Vaccination in Bombay 1913-1923 - 1913-1923
Year: 1913
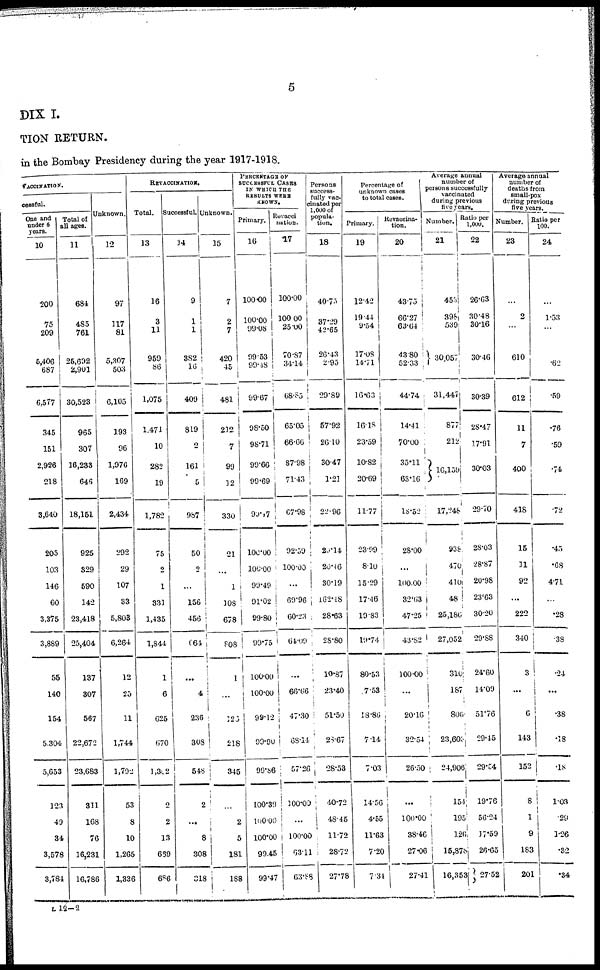
5
DIX I.
TION RETURN.
in the Bombay Presidency during the year 1917-1918.
VACCINATION.
cessful.
One and
under 6
years.
10
200
75
209
5,406
687
6,577
345
151
2,926
218
3,640
205
103
146
60
3,375
3,889
55
140
154
5,304
5,653
123
49
34
3,578
3,784
Total of
all ages.
11
684
485
761
25,692
2,901
30,523
965
307
16,233
646
18,151
925
329
590
142
23,418
25,404
137
307
567
22,672
23,683
311
168
76
16,231
16,786
Unknown.
12
97
117
81
5,307
503
6,105
193
96
1,976
169
2,434
292
29
107
33
5,803
6,264
12
25
11
1,744
1,792
53
8
10
1,265
1,336
REVACCINATION
Total.
13
16
3
11
959
86
1,075
1,471
10
282
19
1,782
75
2
1
331
1,435
1,844
1
6
625
670
1,302
2
2
13
669
686
Successful.
14
9
1
1
382
16
409
819
2
161
5
987
50
2
...
156
456
664
...
4
236
308
548
2
...
8
308
318
Unknown.
15
7
2
7
420
45
481
212
7
99
12
330
21
...
1
108
678
808
1
...
120
218
345
...
2
5
181
188
PERCENTAGE OF
SUCCESSFUL CASES
IN WHICH THE
RESULTS WERE
KNOWN.
Primary.
16
100.00
100.00
99.08
99.53
99.48
99.67
98.50
98.71
99.60
99.69
99.17
100.00
100.00
99.49
91.02
99.80
99.75
100.00
100.00
99.12
99.90
99.86
100.39
100.00
100.00
99.45
99.47
Revacci
nation.
17
100.00
100.00
25.00
70.87
34.14
68.85
65.05
66.66
87.98
71.43
67.98
92.59
100.00
...
69.96
60.23
64.09
...
66.66
47.30
68.14
57.26
100.00
...
100.00
63.11
63.88
Persons
success-
fully vac-
cinated per
1,000 of
popula-
tion.
18
40.75
37.29
42.65
26.43
2.95
29.89
57.92
26.10
30.47
1.21
22.96
20. 14
20.46
30.19
162.18
28.63
28.80
10.87
23.40
51.50
28.67
28.53
40.72
48.45
11.72
28.72
27.78
Percentage of
unknown cases
to total cases.
Primary.
19
12.42
19.44
9.54
17.08
14.71
16.63
16.18
23.59
10.82
20.69
11.77
23.99
8.10
15.29
17.46
19.83
19.74
80.53
7.53
18.86
7.14
7.03
14.56
4.55
11.63
7.20
7.31
Revaccina-
tion.
20
43.75
66.27
63.64
43.80
52.33
44.74
14.41
70.00
35.11
63.16
18.52
28.00
...
100.00
32.63
47.25
43.82
100.00
...
20.16
32.54
26.50
...
100.00
38.46
27.06
27.41
Average annual
number of
persons successfully
vaccinated
during previous
five years.
Number.
21
453
398
539
30,057
31,447
877
212
16,159
17,248
938
470
410
48
25,186
27,052
310
187
806
23,603
24,906
154
195
126
15,878
16,353
Ratio per
1,000.
22
26.63
30.48
30.16
30.46
30.39
28.47
17.91
30.03
29.70
28.03
28.87
20.98
23.63
30.20
29.88
24.60
14.09
51.76
29.45
29.54
19.76
56.24
17.59
26.65
27.52
Average annual
number of
deaths from
small-pox
daring previous
five years.
Number.
23
...
2
...
610
612
11
7
400
418
15
11
92
...
222
340
3
...
6
143
152
8
1
9
183
201
Ratio per
100.
24
...
1.53
...
.62
.59
.76
.59
.74
.72
.45
.68
4.71
...
.28
.38
.24
...
.38
.18
.18
1.03
.29
1.26
.32
.34
L 12–2